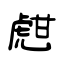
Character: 甝